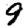
Digit: 9